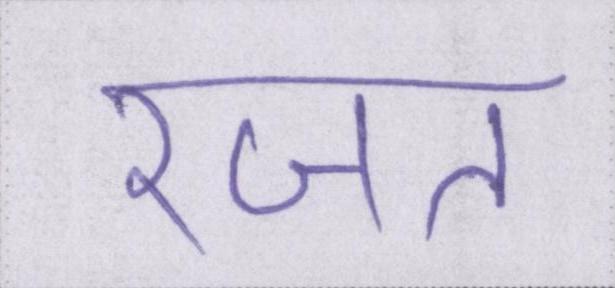
रजत